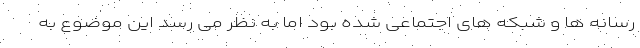
رسانه ها و شبکه های اجتماعی شده بود اما به نظر می رسد این موضوع به